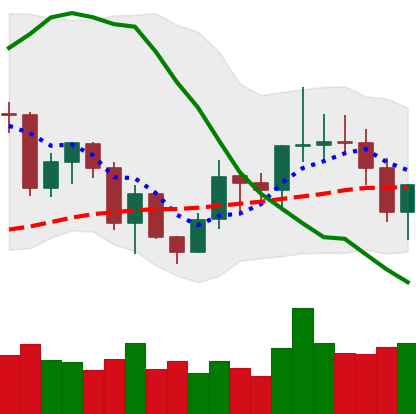
Ticker: LINK-USD
Chart end date: 2020-12-22
Forward return: -5.192%
Label: down_5_7